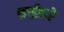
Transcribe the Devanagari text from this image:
नाईकरे